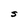
Character: S